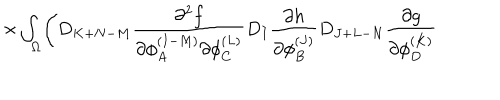
LaTeX: \times \int _ { \Omega } \Biggl ( D _ { K + N - M } { \frac { \partial ^ { 2 } f } { \partial \phi _ { A } ^ { ( I - M ) } \partial \phi _ { C } ^ { ( L ) } } } D _ { I } { \frac { \partial h } { \partial \phi _ { B } ^ { ( J ) } } } D _ { J + L - N } { \frac { \partial g } { \partial \phi _ { D } ^ { ( K ) } } }